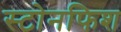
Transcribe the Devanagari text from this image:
स्टोनफिश